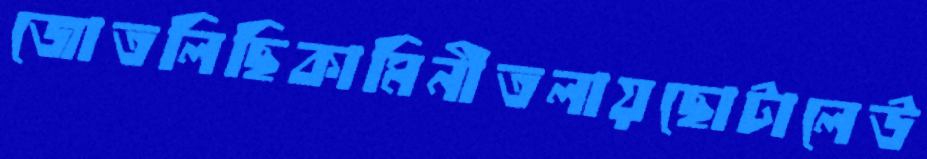
জোতলিছিকামিনীতলায়ছোটালেউ